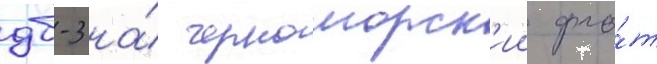
дб-3 на́ черноморск'ии фло́т